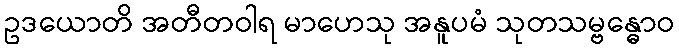
ဥဒယောတိ အတီတဝါရ မာဟေသု အနူပမံ သုတသမ္ဗန္ဓောဝ